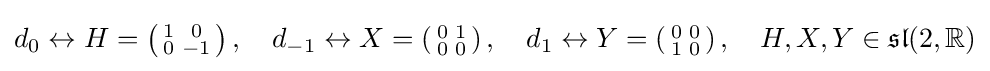
d_{0}\leftrightarrow H=\left({\begin{smallmatrix}1&0\\0&-1\end{smallmatrix}}\right),\quad d_{-1}\leftrightarrow X=\left({\begin{smallmatrix}0&1\\0&0\end{smallmatrix}}\right),\quad d_{1}\leftrightarrow Y=\left({\begin{smallmatrix}0&0\\1&0\end{smallmatrix}}\right),\quad H,X,Y\in {\mathfrak {sl}}(2,\mathbb {R} )